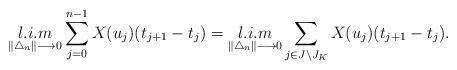
LaTeX: \begin{align*}\mathop{l.i.m}\limits_{\|\bigtriangleup_{n}\| \longrightarrow 0 } \sum_{j=0}^{n-1} X(u_{j}) (t_{j+1}-t_{j})=\mathop{l.i.m}\limits_{\|\bigtriangleup_{n}\| \longrightarrow 0 } \sum_{\substack{j\in J\setminus J_{K}}} X(u_{j}) (t_{j+1}-t_{j}).\end{align*}